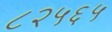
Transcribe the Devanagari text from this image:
८२५६५